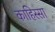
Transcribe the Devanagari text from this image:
काहिस्सा